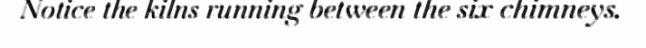
Notice the kilns running between the six chimneys.